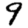
Digit: 9